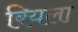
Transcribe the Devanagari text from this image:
रियला